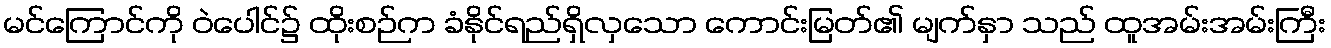
မင်ကြောင်ကို ဝဲပေါင်၌ ထိုးစဉ်က ခံနိုင်ရည်ရှိလှသော ကောင်းမြတ်၏ မျက်နှာ သည် ထူအမ်းအမ်းကြီး